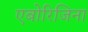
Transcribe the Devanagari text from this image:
एबोरिजिना